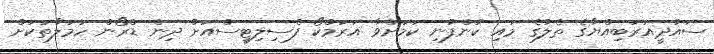
ސައުދީއަރަބިއްޔާގެ ތެލުގެ މައި ކުންފުނި ކަމަށްވާ އަރަމްކޯ ފެސިލިޓީސްއަށް ދިން ޑްރޯން ހަމަލާތަކަށް